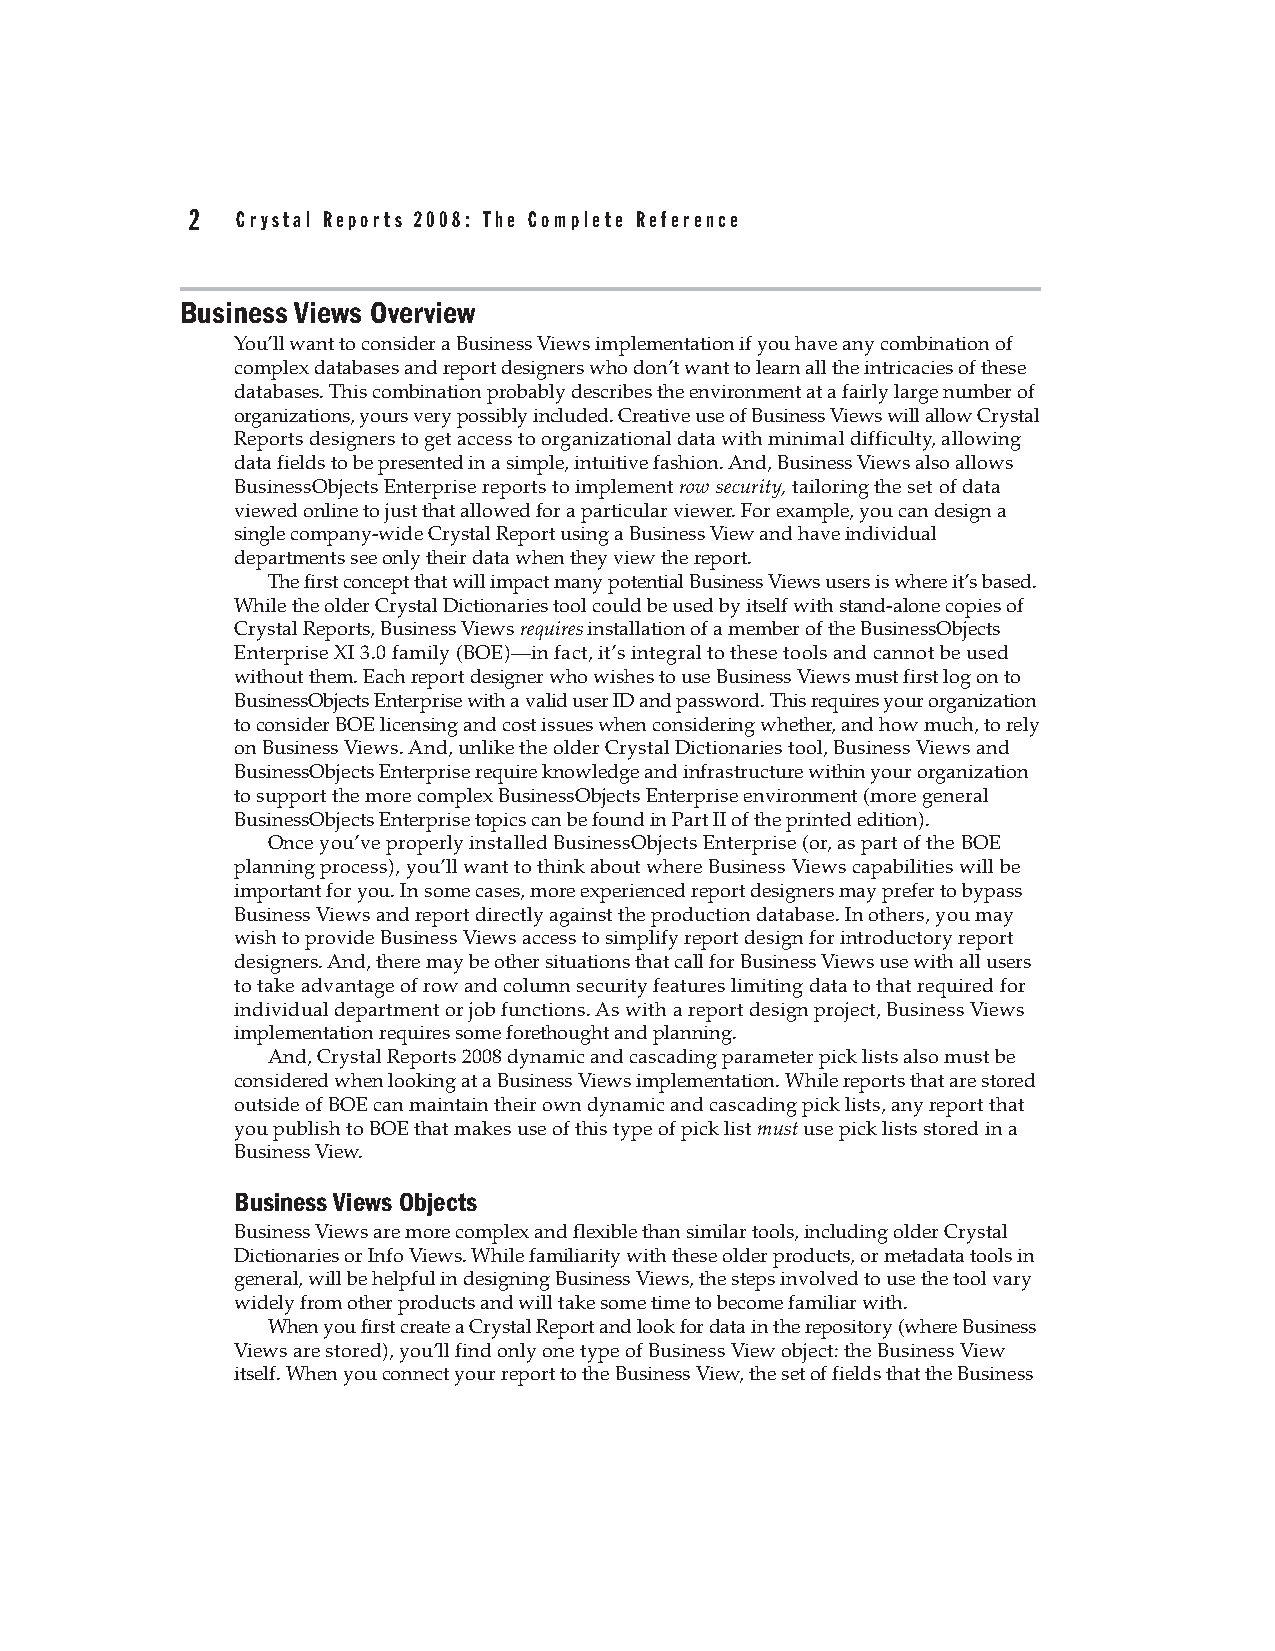
2   Crystal Reports 2008: The Complete Reference
 Business Views Overview
 You’ll want to consider a Business Views implementation if you have any combination of
 complex databases and report designers who don’t want to learn all the intricacies of these
 databases. This combination probably describes the environment at a fairly large number of
 organizations, yours very possibly included. Creative use of Business Views will allow Crystal
 Reports designers to get access to organizational data with minimal difficulty, allowing
 data fields to be presented in a simple, intuitive fashion. And, Business Views also allows
 BusinessObjects Enterprise reports to implement row security, tailoring the set of data
 viewed online to just that allowed for a particular viewer. For example, you can design a
 single company-wide Crystal Report using a Business View and have individual
 departments see only their data when they view the report.
 The first concept that will impact many potential Business Views users is where it’s based.
 While the older Crystal Dictionaries tool could be used by itself with stand-alone copies of
 Crystal Reports, Business Views requires installation of a member of the BusinessObjects
 Enterprise XI 3.0 family (BOE)—in fact, it’s integral to these tools and cannot be used
 without them. Each report designer who wishes to use Business Views must first log on to
 BusinessObjects Enterprise with a valid user ID and password. This requires your organization
 to consider BOE licensing and cost issues when considering whether, and how much, to rely
 on Business Views. And, unlike the older Crystal Dictionaries tool, Business Views and
 BusinessObjects Enterprise require knowledge and infrastructure within your organization
 to support the more complex BusinessObjects Enterprise environment (more general
 BusinessObjects Enterprise topics can be found in Part II of the printed edition).
 Once you’ve properly installed BusinessObjects Enterprise (or, as part of the BOE
 planning process), you’ll want to think about where Business Views capabilities will be
 important for you. In some cases, more experienced report designers may prefer to bypass
 Business Views and report directly against the production database. In others, you may
 wish to provide Business Views access to simplify report design for introductory report
 designers. And, there may be other situations that call for Business Views use with all users
 to take advantage of row and column security features limiting data to that required for
 individual department or job functions. As with a report design project, Business Views
 implementation requires some forethought and planning.
 And, Crystal Reports 2008 dynamic and cascading parameter pick lists also must be
 considered when looking at a Business Views implementation. While reports that are stored
 outside of BOE can maintain their own dynamic and cascading pick lists, any report that
 you publish to BOE that makes use of this type of pick list must use pick lists stored in a
 Business View.
 Business Views Objects
 Business Views are more complex and flexible than similar tools, including older Crystal
 Dictionaries or Info Views. While familiarity with these older products, or metadata tools in
 general, will be helpful in designing Business Views, the steps involved to use the tool vary
 widely from other products and will take some time to become familiar with.
 When you first create a Crystal Report and look for data in the repository (where Business
 Views are stored), you’ll find only one type of Business View object: the Business View
 itself. When you connect your report to the Business View, the set of fields that the Business